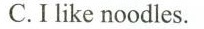
C.I like noodles.